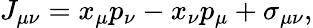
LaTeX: J_{\mu\nu}=x_{\mu}p_{\nu}-x_{\nu}p_{\mu}+\sigma_{\mu\nu},